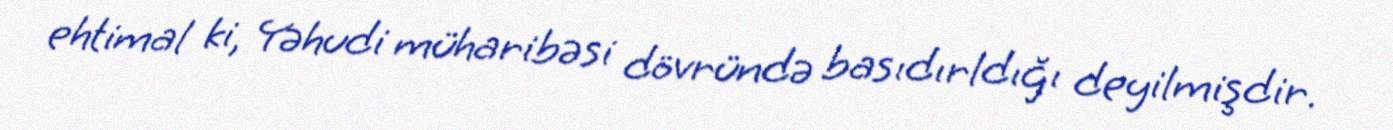
ehtimal ki, Yəhudi müharibəsi dövründə basıdırldığı deyilmişdir.